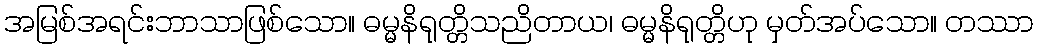
အမြစ်အရင်းဘာသာဖြစ်သော။ ဓမ္မနိရုတ္တိသညိတာယ၊ ဓမ္မနိရုတ္တိဟု မှတ်အပ်သော။ တဿာ